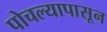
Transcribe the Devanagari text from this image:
पोचल्यापासून